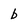
Character: b